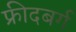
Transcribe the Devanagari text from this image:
फ्रीदबर्ग